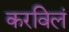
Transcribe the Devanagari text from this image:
करविलं